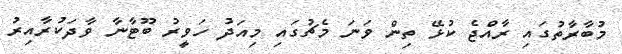
މުބާރާތުގައި ރާއްޖެ ކުޅޭ ތިން ވަނަ މެޗުގައި މިއަދު ހަވީރު ބޫޓާނާ ވާދަކުރާއިރު